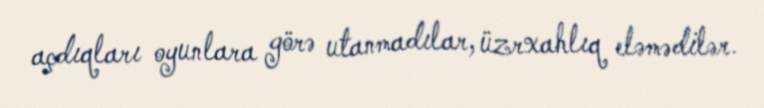
açdıqları oyunlara görə utanmadılar, üzrxahlıq eləmədilər.